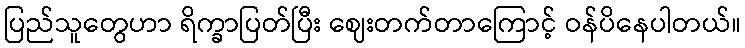
ပြည်သူတွေဟာ ရိက္ခာပြတ်ပြီး ဈေးတက်တာကြောင့် ဝန်ပိနေပါတယ်။